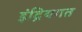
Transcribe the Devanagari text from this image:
इंद्रियगत